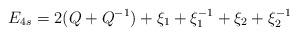
LaTeX: \begin{align*}E_{4s}=2(Q+Q^{-1})+\xi _{1}+\xi _{1}^{-1}+\xi _{2}+\xi _{2}^{-1}\end{align*}